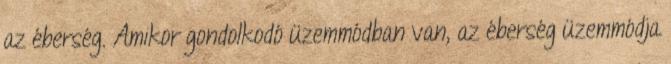
az éberség. Amikor gondolkodó üzemmódban van, az éberség üzemmódja